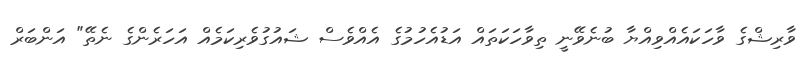
ވާރިޝްގެ ވާހަކައެއްވިއްޔާ ބުނެވޭނީ ތިވާހަކަތައް އަޑުއެހުމުގެ އެއްވެސް ޝައުގުވެރިކަމެއް އަހަރެންގެ ނެތޭ" އަންބަރް